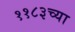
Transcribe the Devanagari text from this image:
११८३च्या